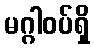
မဂ္ဂါဝပ်ရှိ